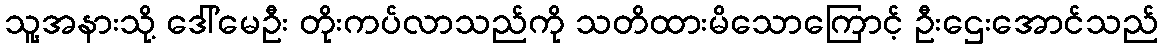
သူ့အနားသို့ ဒေါ်မေဦး တိုးကပ်လာသည်ကို သတိထားမိသောကြောင့် ဦးဌေးအောင်သည်